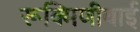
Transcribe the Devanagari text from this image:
रूक्मिणीबाई